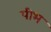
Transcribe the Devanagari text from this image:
पीभ